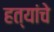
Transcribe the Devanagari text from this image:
हत्यांचे